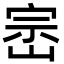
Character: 崈